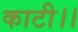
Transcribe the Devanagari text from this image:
काटी।।